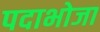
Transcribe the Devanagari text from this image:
पदाभोजा